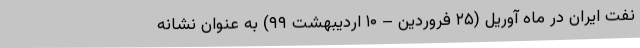
نفت ایران در ماه آوریل (۲۵ فروردین – ۱۰ اردیبهشت ۹۹) به عنوان نشانه